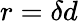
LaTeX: r=\delta d